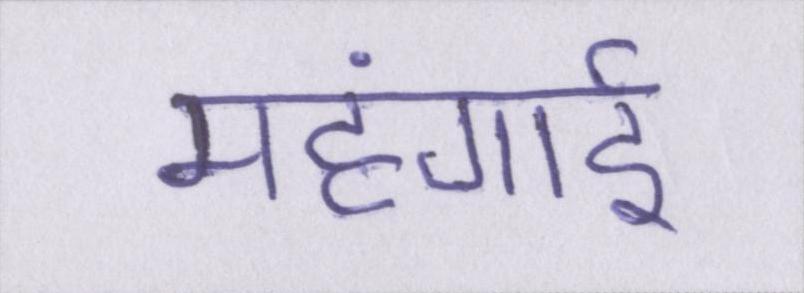
महंगार्इ